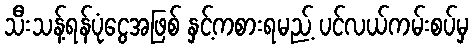
သီးသန့်ရန်ပုံငွေအဖြစ် နှင့်ကစားရမည့် ပင်လယ်ကမ်းစပ်မှ